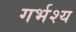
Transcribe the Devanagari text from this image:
गर्भश्य